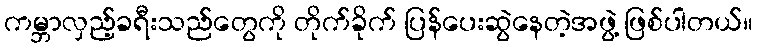
ကမ္ဘာလှည့်ခရီးသည်တွေကို တိုက်ခိုက် ပြန်ပေးဆွဲနေတဲ့အဖွဲ့ ဖြစ်ပါတယ်။